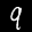
Label: 9